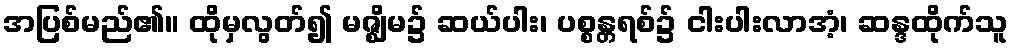
အပြစ်မည်၏။ ထိုမှလွတ်၍ မဇ္ဈိမ၌ ဆယ်ပါး၊ ပစ္စန္တရစ်၌ ငါးပါးလာအံ့၊ ဆန္ဒထိုက်သူ